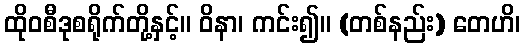
ထိုဝစီဒုစရိုက်တို့နှင့်။ ဝိနာ၊ ကင်း၍။ (တစ်နည်း) တေဟိ၊